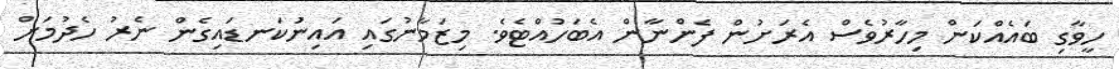
ހީވާގި ބައެއްކަން މިހާރުވެސް އެރަށުން ފެންނާން އެބަހުއްޓެވެ. މިޒަމާނުގައި އައިނުަކަނޑައިގެން ނެރު ހެދުމަށް